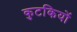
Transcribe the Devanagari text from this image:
कुटकियों